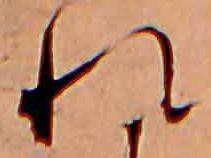
れ